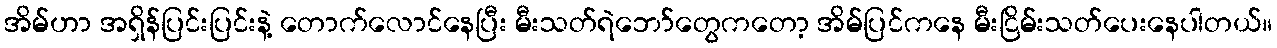
အိမ်ဟာ အရှိန်ပြင်းပြင်းနဲ့ တောက်လောင်နေပြီး မီးသတ်ရဲဘော်တွေကတော့ အိမ်ပြင်ကနေ မီးငြိမ်းသတ်ပေးနေပါတယ်။